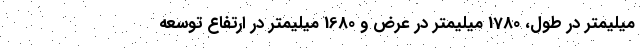
میلیمتر در طول، 1780 میلیمتر در عرض و 1680 میلیمتر در ارتفاع توسعه